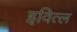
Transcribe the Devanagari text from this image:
इवित्ल